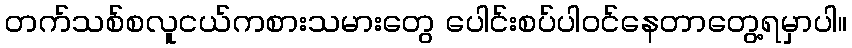
တက်သစ်စလူငယ်ကစားသမားတွေ ပေါင်းစပ်ပါဝင်နေတာတွေ့ရမှာပါ။